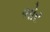
ભોર